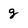
Character: g